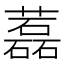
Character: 藞